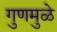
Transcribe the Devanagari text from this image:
गुणमुळे